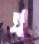
গ্র